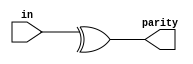
// This program was cloned from: https://github.com/viduraakalanka/HDL-Bits-Solutions
// License: The Unlicense

module top_module (
    input [7:0] in,
    output parity); 
    //even parity is calculated by XOR ing all the data bits
    
    assign parity = ^in;

endmodule